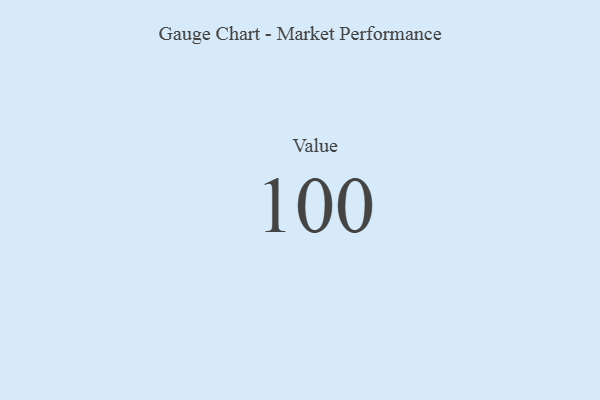
{"axis": {"x": "Metric", "y": "Value"}, "legend": [""], "data": [{"x": "Value", "y": 100, "type": ""}]}